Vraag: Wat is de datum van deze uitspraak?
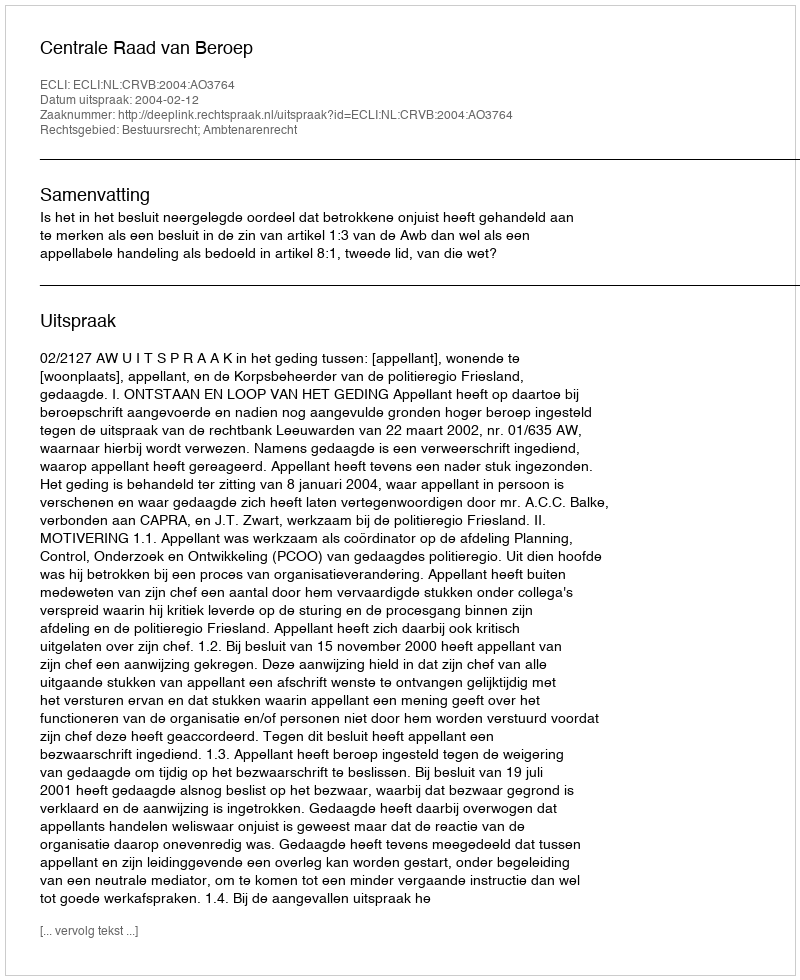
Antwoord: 2004-02-12